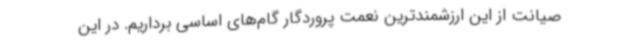
صیانت از این ارزشمندترین نعمت پروردگار گام‌های اساسی برداریم. در این